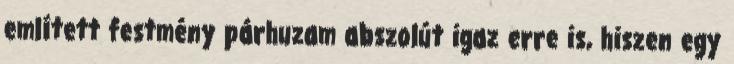
említett festmény párhuzam abszolút igaz erre is, hiszen egy